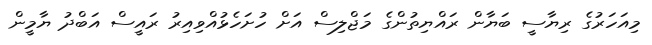
މިއަހަރުގެ ރިޔާސީ ބަޔާން ރައްޔިތުންގެ މަޖްލިސް އަށް ހުށަހެޅުއްވިއިރު ރައީސް އަބްދު ޔާމީން